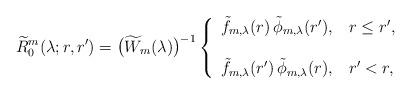
LaTeX: \begin{align*} \widetilde R^m_0(\lambda; r,r') = \big( \widetilde W_m(\lambda)\big)^{-1}\left\{\begin{array}{l@{\quad}l}\tilde f_{m,\lambda}(r)\, \tilde \phi_{m,\lambda}(r'), &r \leq r' , \\ & \\\tilde f_{m,\lambda}(r')\, \tilde \phi_{m,\lambda}(r), & r' < r ,\end{array}\right.\end{align*}